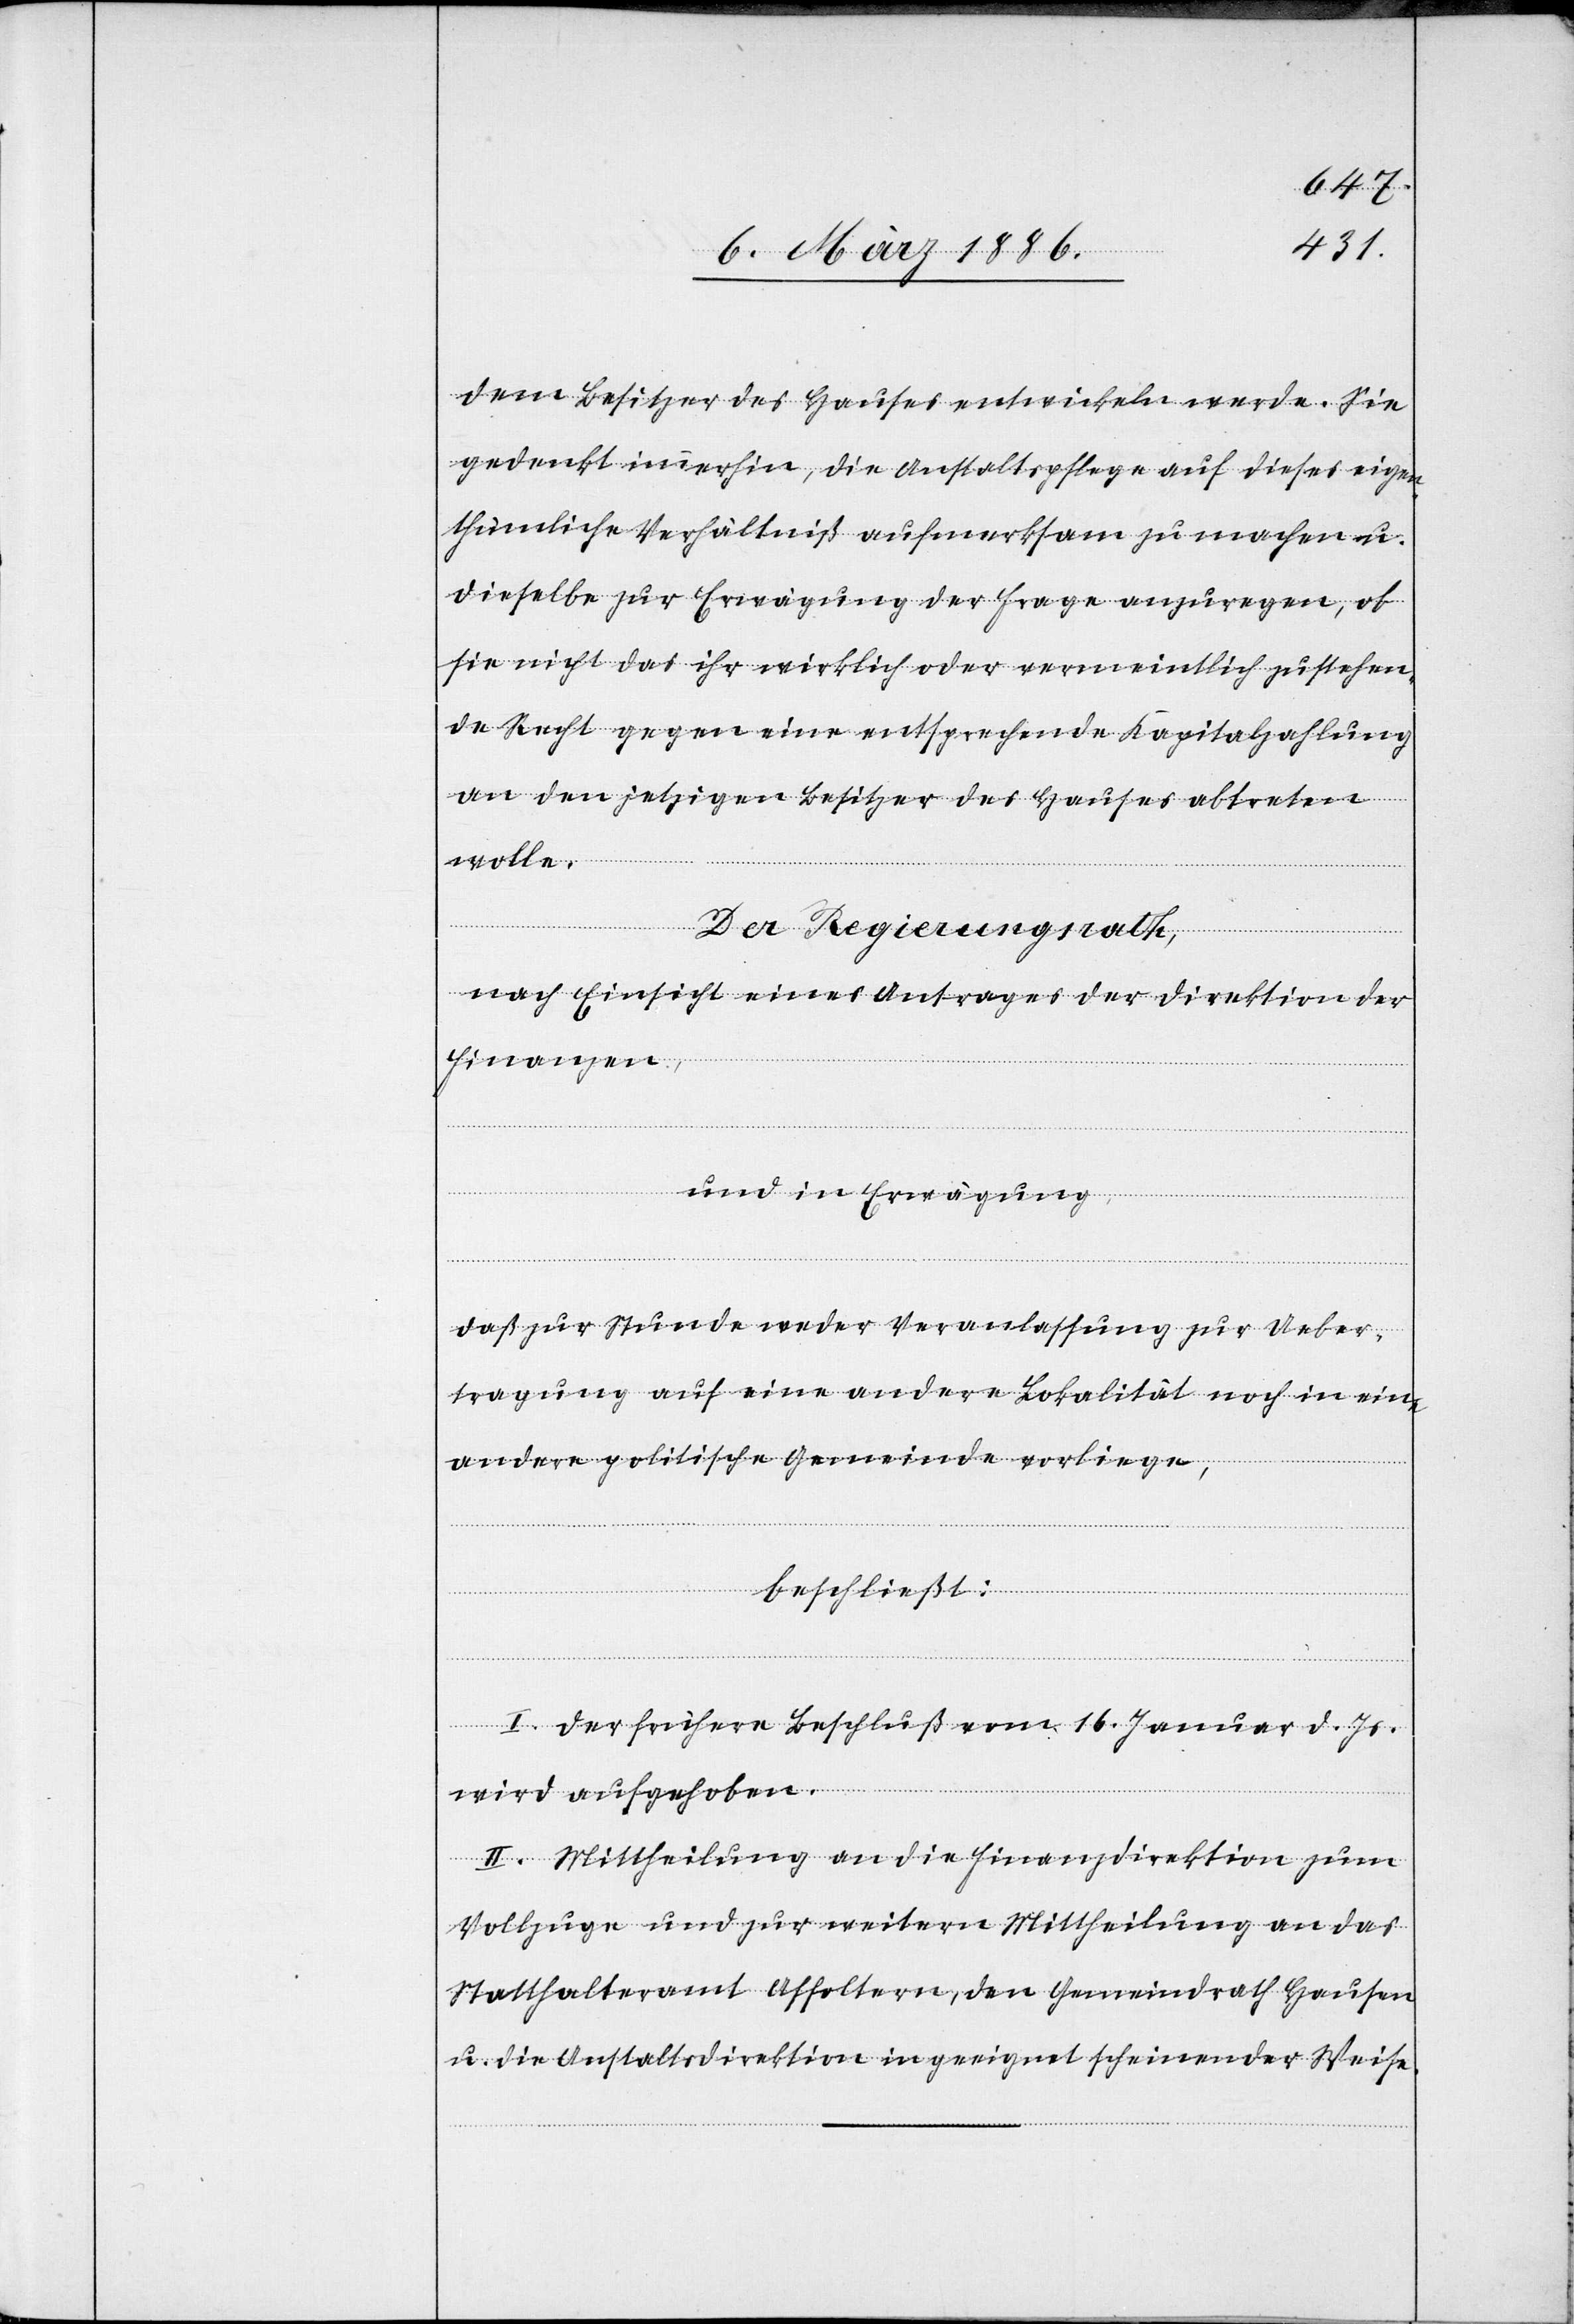
dem Besitzer des Hauses entwickeln werde. Sie
gedenkt immerhin, die Anstaltspflege auf dieses eigen¬
thümliche Verhältniß aufmerksam zu machen u.
dieselbe zur Erwägung der Frage anzuregen, ob
sie nicht das ihr wirklich oder vermeintlich zustehen¬
de Recht gegen eine entsprechende Kapitalszahlung
an den jetzigen Besitzer des Hauses abtreten
wolle.
Der Regierungsrath,
nach Einsicht eines Antrages der Direktion der
Finanzen,
und in Erwägung,
daß zur Stunde weder Veranlassung zur Ueber¬
tragung auf eine andere Lokalität noch in eine
andere politische Gemeinde vorliege,
beschließt:
I. Der frühere Beschluß vom 16. Januar d. Js.
wird aufgehoben.
II. Mittheilung an die Finanzdirektion zum
Vollzuge und zur weitern Mittheilung an das
Statthalteramt Affoltern, den Gemeindrath Hausen
u. die Anstaltsdirektion in geeignet scheinender Weise.